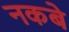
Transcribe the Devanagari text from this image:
नकबे